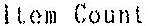
ITEM COUNT